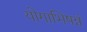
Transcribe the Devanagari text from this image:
योगाभिषन्नं